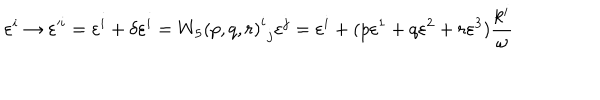
LaTeX: \varepsilon ^ { i } \rightarrow { \varepsilon ^ { i } } = \varepsilon ^ { i } + \delta \varepsilon ^ { i } = { { W _ { 5 } ( p , q , r ) } ^ { i } } _ { j } \varepsilon ^ { j } = \varepsilon ^ { i } + ( p \varepsilon ^ { 1 } + q \varepsilon ^ { 2 } + r \varepsilon ^ { 3 } ) \frac { k ^ { i } } { \omega }